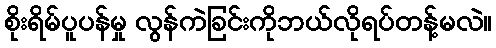
စိုးရိမ်ပူပန်မှု လွန်ကဲခြင်းကိုဘယ်လိုရပ်တန့်မလဲ။